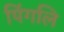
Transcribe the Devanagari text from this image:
पिंगलि